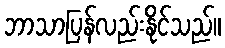
ဘာသာပြန်လည်းနိုင်သည်။